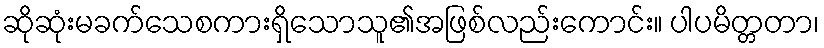
ဆိုဆုံးမခက်သေစကားရှိသောသူ၏အဖြစ်လည်းကောင်း။ ပါပမိတ္တတာ၊